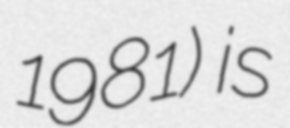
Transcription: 1981) is